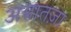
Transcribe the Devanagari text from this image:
असातज़ा